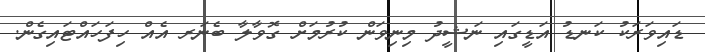
ޑައިވަރަކު ކަނޑު އަޑީގައި ނަޝީދު މިނިވަން ކުރުމަށް ގޮވާލާ ބެނަރ އެއް ހިފަހައްޓައިގެން.